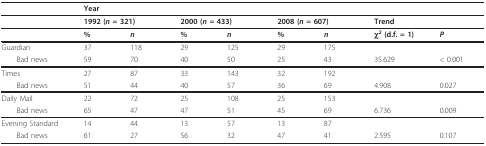
|  | <COLSPAN=6> Year |  |  |
 | --- | --- | --- | --- | --- | --- | --- | --- | --- |
 |  | <COLSPAN=2> 1992 (n = 321) | <COLSPAN=2> 2000 (n = 433) | <COLSPAN=2> 2008 (n = 607) | <COLSPAN=2> Trend |
 |  | % | n | % | n | % | n | χ2 (d.f. = 1) | P |
 | Guardian | 37 | 118 | 29 | 125 | 29 | 175 |  |  |
 | Bad news | 59 | 70 | 40 | 50 | 25 | 43 | 35.629 | < 0.001 |
 | Times | 27 | 87 | 33 | 143 | 32 | 192 |  |  |
 | Bad news | 51 | 44 | 40 | 57 | 36 | 69 | 4.908 | 0.027 |
 | Daily Mail | 22 | 72 | 25 | 108 | 25 | 153 |  |  |
 | Bad news | 65 | 47 | 47 | 51 | 45 | 69 | 6.736 | 0.009 |
 | Evening Standard | 14 | 44 | 13 | 57 | 13 | 87 |  |  |
 | Bad news | 61 | 27 | 56 | 32 | 47 | 41 | 2.595 | 0.107 |